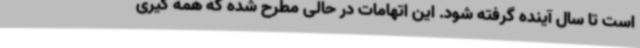
است تا سال آینده گرفته شود. این اتهامات در حالی مطرح شده که همه گیری